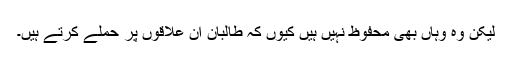
لیکن وہ وہاں بھی محفوظ نہیں ہیں کیوں کہ طالبان ان علاقوں پر حملے کرتے ہیں۔